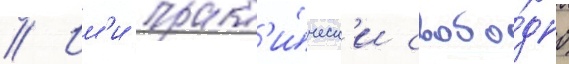
// Им'и практ'и́ческ'и свобо́дно